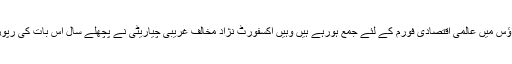
جہا ں پر وزیر اعظم نریندر مودی اور دنیا کے لیڈرس سوئزرلینڈ کے ریسورٹ ڈاؤس میں عالمی اقتصادی فورم کے لئے جمع ہورہے ہیں وہیں اکسفورٹ نژاد مخالف غریبی چیاریٹی نے پچھلے سال اس بات کی رپورٹ پیش کی تھی کہ دنیاکی 80فیصد دولت پر ایک فیصد امیر آبادی کا قبضہ ہے۔